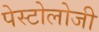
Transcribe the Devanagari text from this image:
पेस्टोलोजी